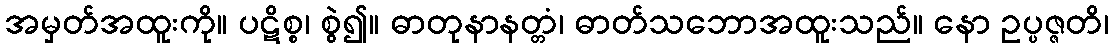
အမှတ်အထူးကို။ ပဋိစ္စ၊ စွဲ၍။ ဓာတုနာနတ္တံ၊ ဓာတ်သဘောအထူးသည်။ နော ဥပ္ပဇ္ဇတိ၊